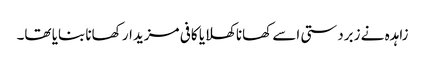
زاہدہ نے زبردستی اسے کھانا کھلایا کافی مزیدار کھانا بنایا تھا۔